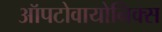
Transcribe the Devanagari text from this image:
ऑपटोवायोनिक्स